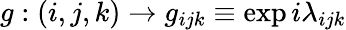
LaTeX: g:(i,j,k)\rightarrow g_{ijk}\equiv\exp{i\lambda_{ijk}}